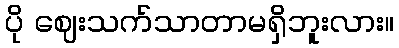
ပို ဈေးသက်သာတာမရှိဘူးလား။